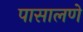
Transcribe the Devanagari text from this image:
पासालणे